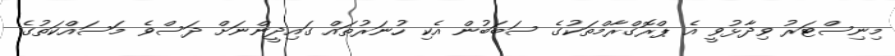
މިނިސްޓަރު ވިދާޅުވީ އެ ޕްރޮގްރާމްތަކުގެ ސަބަބުން އެކި ހުނަރުތައް ގައިދީންނަށް ދަސްވެ މަސައްކަތުގެ